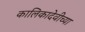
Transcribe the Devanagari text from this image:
कालिकादेवीच्या